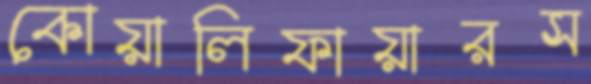
কোয়ালিফায়ারস